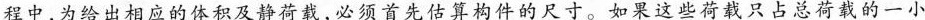
程中，为给出相应的体积及静荷载，必须首先估算构件的尺寸。如果这些荷载只占总荷载的一小